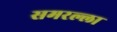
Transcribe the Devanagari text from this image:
समरल्ला